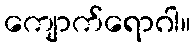
ကျောက်ရောဂါ။